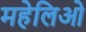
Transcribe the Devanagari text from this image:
महेलिओ